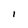
Character: l